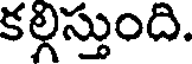
కల్గిస్తుంది.